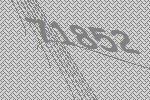
71852